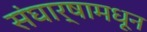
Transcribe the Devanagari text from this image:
संघार्षामधून